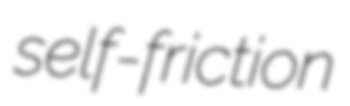
self-friction